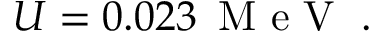
\begin{array} { r } { U = 0 . 0 2 3 \, \mathrm { ~ M ~ e ~ V ~ } \; . } \end{array}